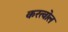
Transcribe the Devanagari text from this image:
करत्वोल